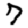
Digit: 7